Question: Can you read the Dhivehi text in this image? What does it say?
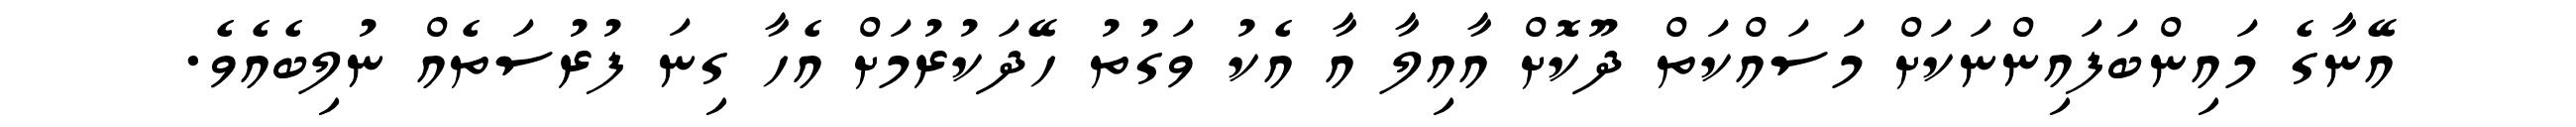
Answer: އޭނާގެ މައިންބަފައިންނަކަށް މަސައްކަތް ދޫކޮށް އާއިލާ އާ އެކު ވަގުތު ހޭދަކުރުމަށް އެހާ ގިނަ ފުރުސަތެއް ނުލިބެއެވެ.